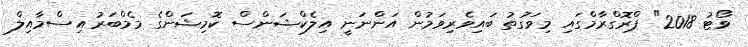
ވޯޓު 2018" ޕްރޮގްރާމްގައި މިވަގުތު ބައިވެރިވަމުން އަންނަނީ އިލެކްޝަންސް ކޮމިޝަންގެ މެމްބަރު އިސްމާއިލް